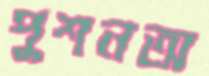
পুশনঅ